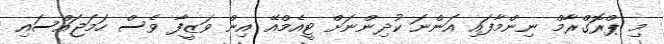
މި ޕްރޮގްރާމް ނިންމާފައި އަންނަ ކުދިންނަށް ޓީއެމްއޭ އިން ވަޒީފާ ވެސް ހަމަޖައްސައި